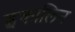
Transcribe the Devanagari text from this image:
इकालिन